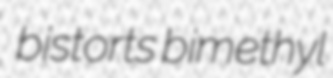
bistorts bimethyl